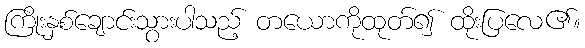
ကြိုးနှစ်ချောင်းသွားပါသည့် တယောကိုထုတ်၍ ထိုးပြလေ၏။